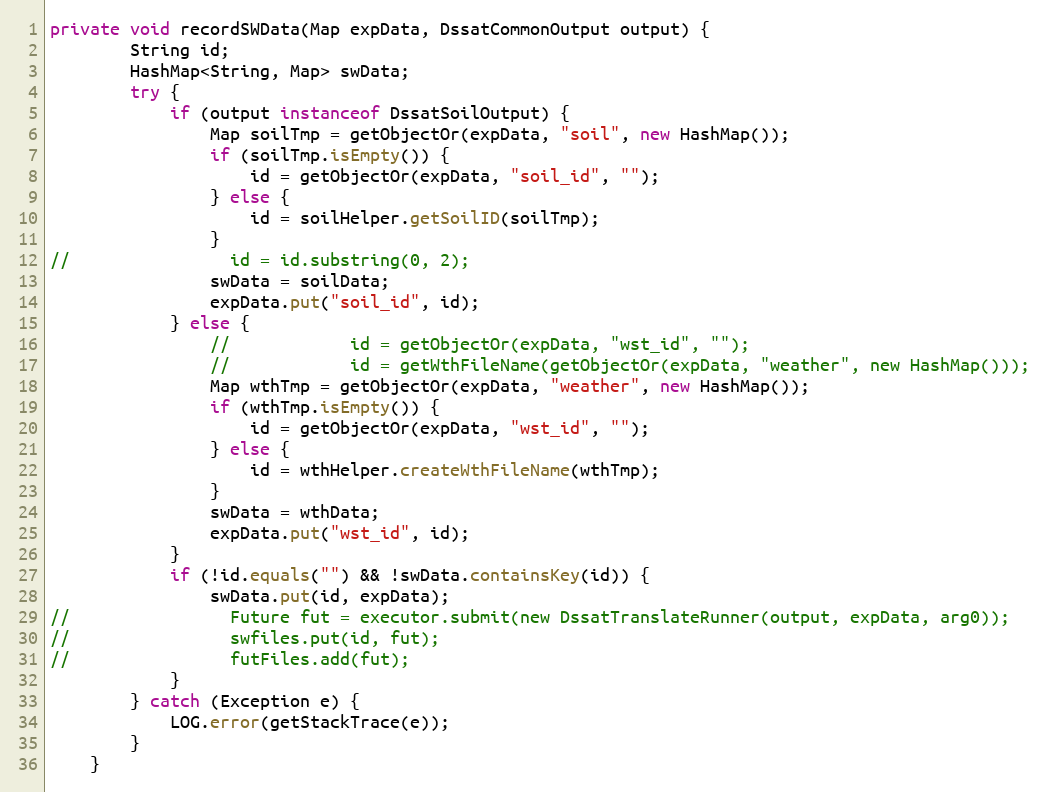
Language: Java
private void recordSWData(Map expData, DssatCommonOutput output) {
        String id;
        HashMap<String, Map> swData;
        try {
            if (output instanceof DssatSoilOutput) {
                Map soilTmp = getObjectOr(expData, "soil", new HashMap());
                if (soilTmp.isEmpty()) {
                    id = getObjectOr(expData, "soil_id", "");
                } else {
                    id = soilHelper.getSoilID(soilTmp);
                }
//                id = id.substring(0, 2);
                swData = soilData;
                expData.put("soil_id", id);
            } else {
                //            id = getObjectOr(expData, "wst_id", "");
                //            id = getWthFileName(getObjectOr(expData, "weather", new HashMap()));
                Map wthTmp = getObjectOr(expData, "weather", new HashMap());
                if (wthTmp.isEmpty()) {
                    id = getObjectOr(expData, "wst_id", "");
                } else {
                    id = wthHelper.createWthFileName(wthTmp);
                }
                swData = wthData;
                expData.put("wst_id", id);
            }
            if (!id.equals("") && !swData.containsKey(id)) {
                swData.put(id, expData);
//                Future fut = executor.submit(new DssatTranslateRunner(output, expData, arg0));
//                swfiles.put(id, fut);
//                futFiles.add(fut);
            }
        } catch (Exception e) {
            LOG.error(getStackTrace(e));
        }
    }